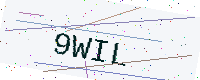
Text: 9WIL